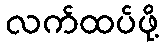
လက်ထပ်ဖို့